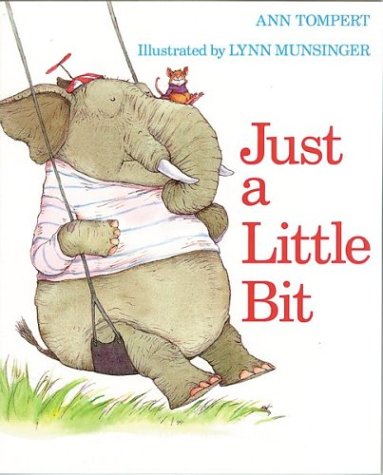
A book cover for Just a Little Bit; Ann Tompert; Children's Books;